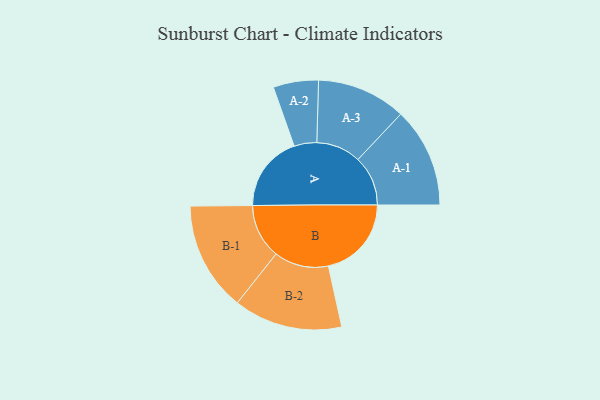
{"axis": {"x": "Segment", "y": "Value"}, "legend": ["", "A", "B"], "data": [{"x": "A", "y": 356, "type": ""}, {"x": "B", "y": 389, "type": ""}, {"x": "A-1", "y": 234, "type": "A"}, {"x": "A-2", "y": 106, "type": "A"}, {"x": "A-3", "y": 209, "type": "A"}, {"x": "B-1", "y": 256, "type": "B"}, {"x": "B-2", "y": 255, "type": "B"}]}